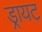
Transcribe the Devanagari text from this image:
ड्रायट